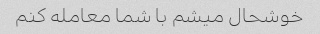
خوشحال میشم با شما معامله کنم